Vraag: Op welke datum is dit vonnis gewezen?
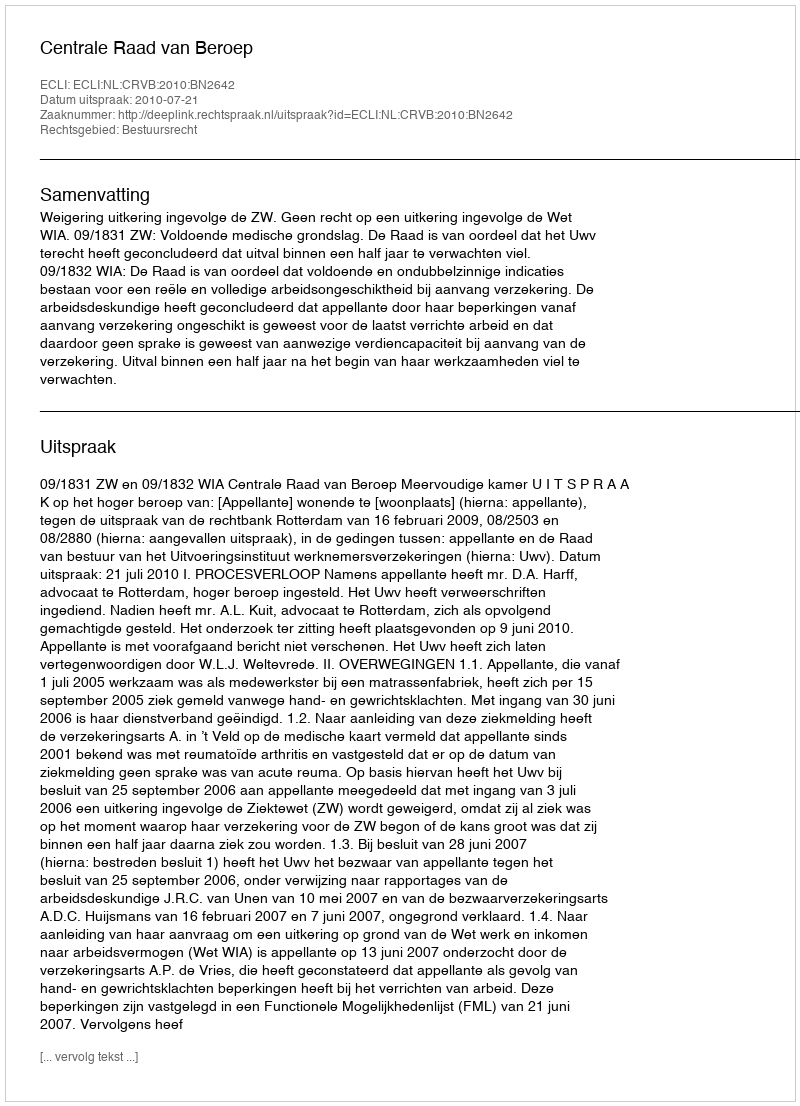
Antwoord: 2010-07-21